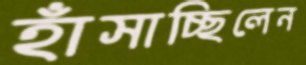
হাঁসাচ্ছিলেন